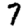
Digit: 7